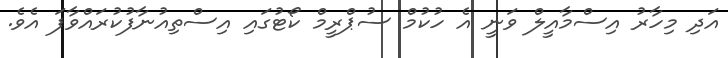
އަދި މިހާރު އިސްމާއީލް ވަނީ އެ ހުކުމް ސުޕްރީމް ކޯޓުގައި އިސްތިއުނާފުކުރައްވާފަ އެވެ.